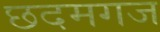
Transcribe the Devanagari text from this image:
छदमगज